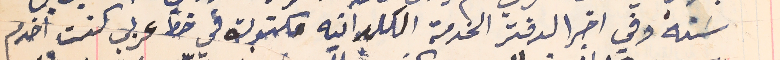
سَنة وفي اخر الدفتر الخدمة الكلدانيه مكتوبة في خط عربي كنت اخدم